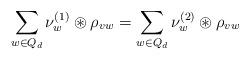
LaTeX: \begin{align*} \sum_{w\in Q_d} \nu_w^{(1)}\circledast \rho_{vw} =\sum_{w\in Q_d} \nu_w^{(2)}\circledast \rho_{vw} \ \ \end{align*}